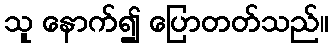
သူ နောက်၍ ပြောတတ်သည်။